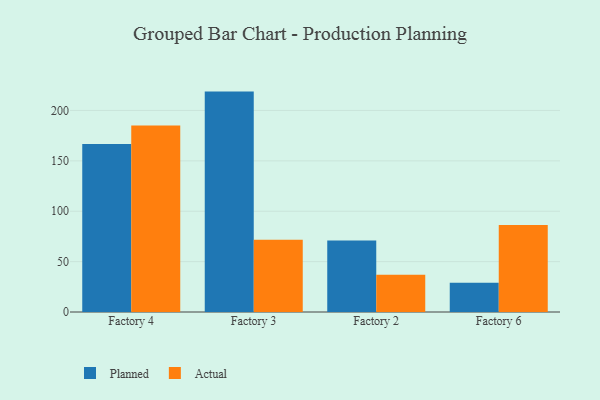
{"axis": {"x": "Factory", "y": "Net Income (USD K)"}, "legend": ["Actual", "Planned"], "data": [{"x": "Factory 4", "y": 166.6, "type": "Planned"}, {"x": "Factory 4", "y": 185.0, "type": "Actual"}, {"x": "Factory 3", "y": 218.7, "type": "Planned"}, {"x": "Factory 3", "y": 71.8, "type": "Actual"}, {"x": "Factory 2", "y": 70.9, "type": "Planned"}, {"x": "Factory 2", "y": 37.0, "type": "Actual"}, {"x": "Factory 6", "y": 29.0, "type": "Planned"}, {"x": "Factory 6", "y": 86.3, "type": "Actual"}]}